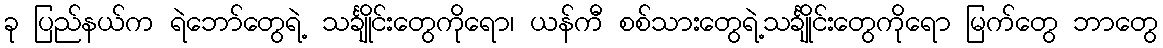
ခု ပြည်နယ်က ရဲဘော်တွေရဲ့ သင်္ချိုင်းတွေကိုရော၊ ယန်ကီ စစ်သားတွေရဲ့သင်္ချိုင်းတွေကိုရော မြက်တွေ ဘာတွေ